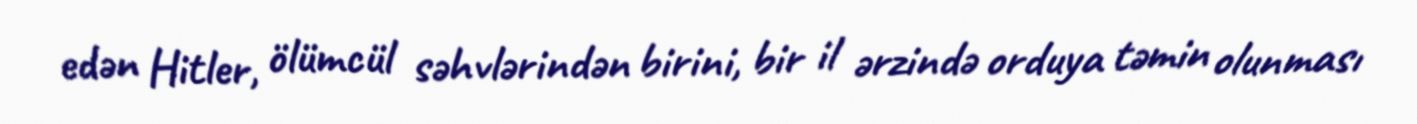
edən Hitler, ölümcül səhvlərindən birini, bir il ərzində orduya təmin olunması